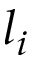
l _ { i }